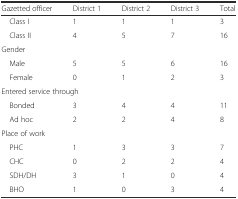
| Gazetted officer | District 1 | District 2 | District 3 | Total |
 | --- | --- | --- | --- | --- |
 | Class I | 1 | 1 | 1 | 3 |
 | Class II | 4 | 5 | 7 | 16 |
 | Gender |  |  |  |  |
 | Male | 5 | 5 | 6 | 16 |
 | Female | 0 | 1 | 2 | 3 |
 | <COLSPAN=5> Entered service through |
 | Bonded | 3 | 4 | 4 | 11 |
 | Ad hoc | 2 | 2 | 4 | 8 |
 | <COLSPAN=5> Place of work |
 | PHC | 1 | 3 | 3 | 7 |
 | CHC | 0 | 2 | 2 | 4 |
 | SDH/DH | 3 | 1 | 0 | 4 |
 | BHO | 1 | 0 | 3 | 4 |